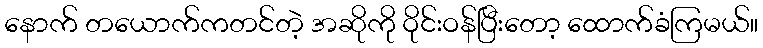
နောက် တယောက်ကတင်တဲ့ အဆိုကို ဝိုင်းဝန်ပြီးတော့ ထောက်ခံကြမယ်။